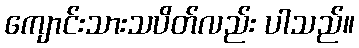
ကျောင်းသားသပိတ်လည်း ပါသည်။